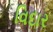
વિદાર